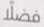
فضلا